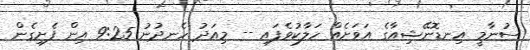
ސުނާމީ އިނޑޮނޭޝިއާގެ އަވަށެއް ހަލާކުވެފައި -- މިއަދު ހެނދުނު 9:25 އިން ފެށިގެން